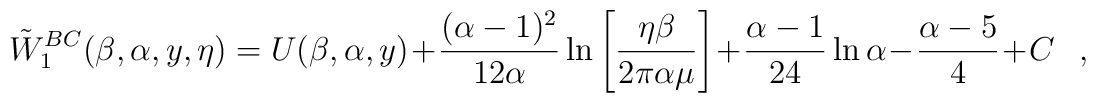
\tilde{W}_1^{BC}(\beta,\alpha,y,\eta) =U(\beta,\alpha,y)	 + { (\alpha - 1)^2 \over 12 \alpha} \ln\left[{ \eta \beta\over 2 \pi \alpha\mu}	\right] + { \alpha -1 \over 24 } \ln \alpha - {\alpha -5\over4} + C ~~~,